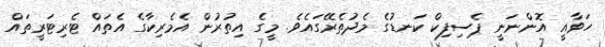
ހަވާއީ އޮންނަނީ ޕެސިފިކް ކަނޑުގެ މެދުތެރޭގައެވެ. މީގެ އިތުރުން އެމެރިކާގެ އެތައް ޓެރިޓަރީތައް